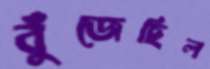
বুঁজেছিল